Civil Veterinary Department Bengal reports 1923-33 - 1923-1933
Year: 1923
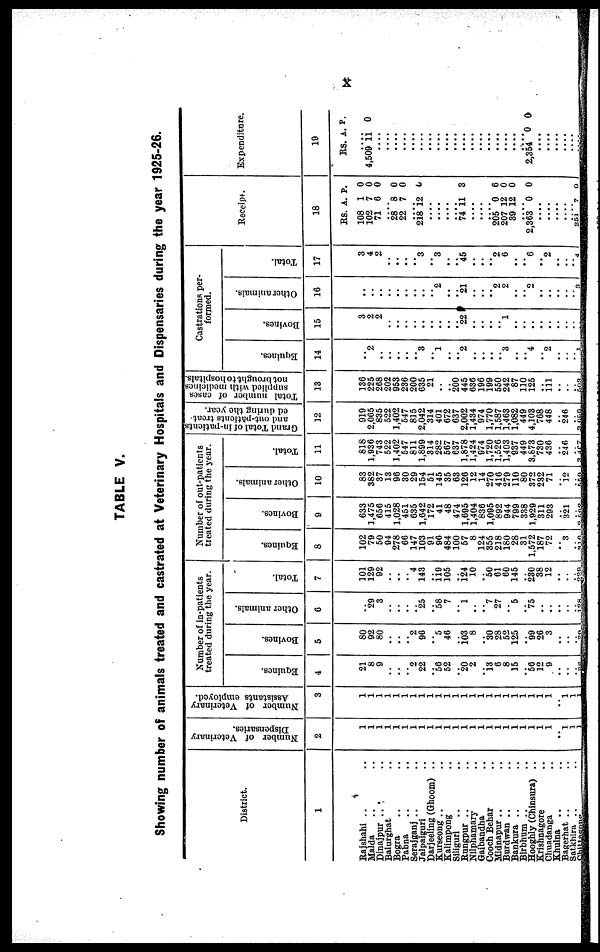
x
TABLE V.
Showing number of animals treated and castrated at Veterinary Hospitals and Dispensaries during the year 1925-26.
District.
1
Rajshahi .. ..
Malda .. ..
Dinajpur .. ..
Balurghat ..
Bogra .. ..
Pabna .. ..
Serajganj .. ..
Jalpaiguri ..
Darjeeling (Ghoom) ..
Kurseong .. ..
Kalimpong ..
Siliguri .. ..
Rungpur .. ..
Nilphamary ..
Gaibandha ..
Cooch Behar ..
Midnapur .. ..
Burdwan .. ..
Bankura .. ..
Birbhum .. ..
Hooghly (Chinsura) ..
Krishnagore ..
Chuadanga ..
Khulna ..
Bagerhat .. ..
Satkhira .. ..
Chittagong .. ..
Number of Veterinary
Dispensaries.
2
1
1
1
1
1
1
1
1
1
1
1
1
1
1
1
1
1
1
1
1
1
1
1
1
1
1
Number of Veterinary
Assistants employed.
3
1
1
1
1
1
1
1
1
1
1
1
1
1
1
1
1
1
1
1
1
1
1
1
1
1 1
Number of in-patients
treated during the year.
Equines.
4
21
8
9
..
..
.. 2
22
.. 56
52
.. 20
2
.. 13 6
8
15
.. 56
12
9
..
.. 28
Bovines.
5
80
92
80
..
..
.. 2
96
.. 5
46
.. 103
8
.. 30
28
52
125
.. 99
26
3
..
.. 39
Other animals.
6
..
*29
3
..
..
..
.. 25
.. 58
7
.. 1
..
.. 7
27
5
.. 75
..
..
..
128
Total.
7
101
129
92
..
.. .. 4
143
..
119
105
..
124
10
.. 50
61
60
145
.. 230
38
12
..
.. 229
Number of out-patients
treated during the year.
Equines.
8
102
79
50
94
278
66
147
103
91
96
484
100
57
8
124
355
218
180
28
31
1,572
187
72
..
3
.. 316
Bovines.
9
633
1,475
656
415
1,028
451
635
1,642
172
41
48
474
1,695
1,404
836
1,095
892
944
799
338
1,929
311
293
..
321
.. 2,502
Other animals.
10
83
382
37
13
96
30
29
154
51
145
35
63
126
12
14
270
416
279
110
80
372
232
71
..
12
.. 559
Total.
11
818
1.936
743
522
1,402
547
811
1,899
314
282
567
637
1,878
1,424
974
1,720
1,526
1,403
937
449
3,873
730
436
..
246
.. 3,467
Grand Total of in-patients
and out-patients treat-
ed during the year.
12
919
2,065
835
522
1,402
547
815
2,042
314
401
672
637
2,002
1,434
974
1,770
1,587
1,463
1,082
449
4,103
768
448
246
.. 3,696
Total number of cases
supplied with medicines
not brought to hospitals.
13
136
225
268
202
953
236
200
635
21
.. ..
200
445
636
196
199
550
242
87
110
125
.. 111
..
..
.. 503
Castrations per-
formed.
Equines.
14
..
2
..
..
..
..
.. 3
.. 1
..
.. 2
..
..
..
.. 3
..
.. "4
.. "2
..
..
.. 1
Bovines.
15
3
2
2
..
..
..
..
..
..
..
..
.. 22
..
..
..
.. 1
..
..
..
..
..
..
.. ..
Other animals.
16
..
..
..
..
..
..
..
..
.. "2
..
.. 21
..
..
.. 2
2
..
.. 2
..
..
..
.. 3
Total.
17
3
4
2
..
..
..
.. 3
.. 3
.. .. 45
..
..
.. 2
6
..
.. 6
.. 2
..
.. 4
Receipt.
18
Rs.
108
102
71
....
28
22
.. 218 1
....
....
....
....
74
....
....
....
205
207
39 1
....
2,363
....
....
...
....
251
A.
1
7
6
8
7
2
11
0
12
2
0
7
P.
0
0
0
0
0
6
3
6
0
0
0
0
Expenditure.
19
RS.
....
4,509
....
.... ....
....
....
.... ....
....
....
....
....
....
....
....
....
....
....
....
2,354
....
....
....
.... ....
A.
11
0
P.
0
0